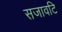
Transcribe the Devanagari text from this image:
सजावटि